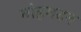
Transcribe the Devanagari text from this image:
मोहमदन